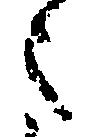
之